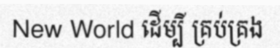
New World ដើម្បី គ្រប់គ្រង